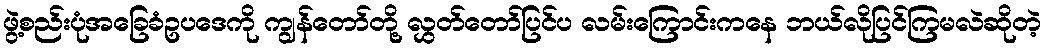
ဖွဲ့စည်းပုံအခြေခံဥပဒေကို ကျွန်တော်တို့ လွှတ်တော်ပြင်ပ လမ်းကြောင်းကနေ ဘယ်လိုပြင်ကြမလဲဆိုတဲ့